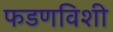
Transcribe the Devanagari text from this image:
फडणविशी